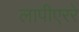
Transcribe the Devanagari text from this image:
लापीएररे